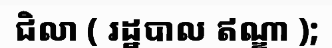
ជិលា ( រដ្ឋបាល ឥណ្ឌា );